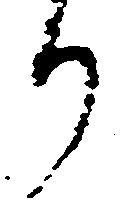
り